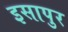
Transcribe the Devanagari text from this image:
इसापुर